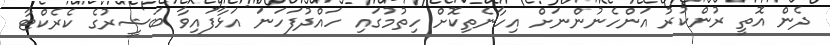
ދެން އޮތީ ރުންކުރު އަންހެނުންނަށް އިހާނެތިކޮށް ހިތުމުގައި ހައްދުފަހަނަ އަޅާފައިވާ ބަޝީރުގެ ކެރެކްޓާ